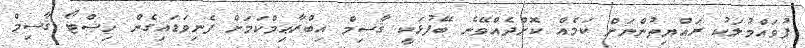
ފުވައްމުލަކު ރައްޔިތުންނަށް ކަމެއް ކޮށްދެއްވޭނެ ބޭފުޅަކީ ޤާސިމް އިބްރާޙިމްކަމަށް ފެނިވަޑައިގެން ހިސްޓޯ ޤާސިމް